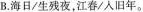
B.海日/生残夜，江春/入旧年。